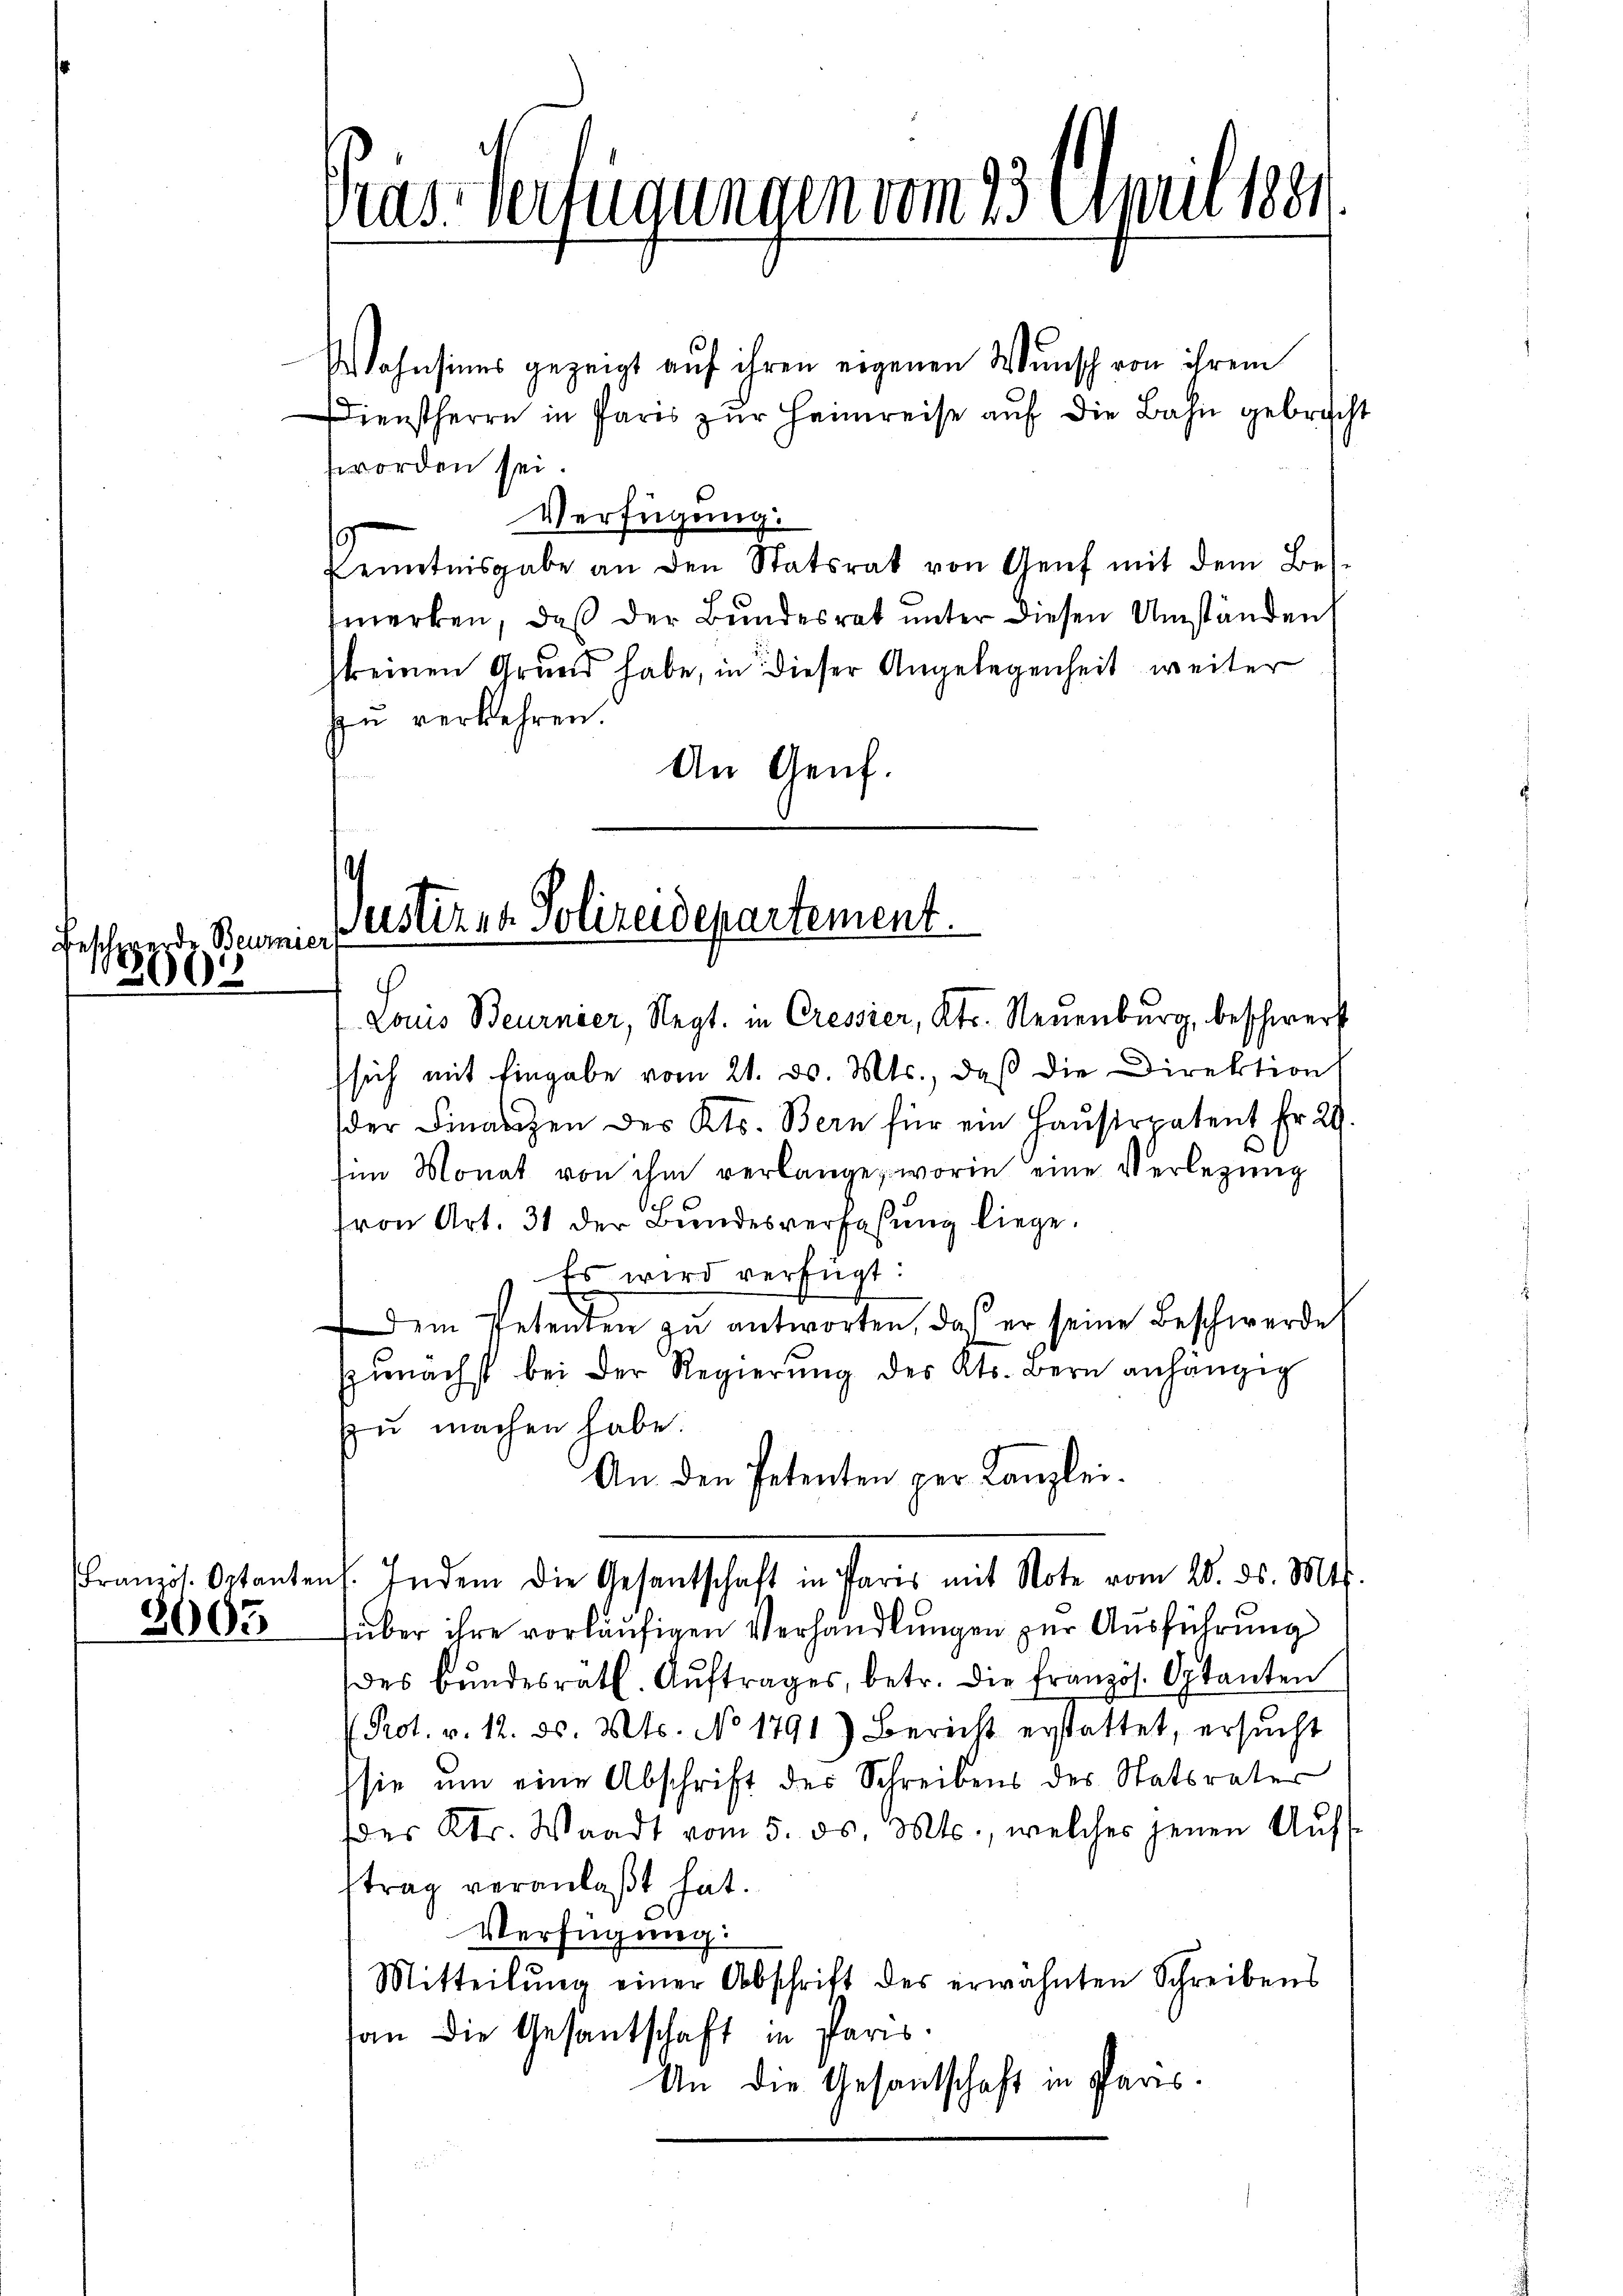
beschwerde Beurnier
02

2003

ras Verfügungen vom 23. April 1881.

Wohnsinns gezeigt auf ihren eigenen Wunsch von ihrem
Dienstherrn in Paris zŭr Heimreise auf die Bahn gebricht
worden sei.
Verfügung.
Kenntnisgabe an den Statsrat von Genf mit dem Bei-
fmerken, daß der Bundesrat unter diesen Umständen
keinen Grund habe, in dieser Angelegenheit weiter
zu verkehren.
An Genf.

Justiren Polizeidepartement.

Louis Beurnier, Negt. in Cressier, Kts. Neuenburg, beschwerf
sich mit Eingabe vom 21. d. Mts., daß die Direktion
der Finanzen des Kts. Bern für ein Hausirpatent Fr. 29.
him Monat von ihm verlangen worin eine Verlegŭng
ron Art. 31 der Bundesverfassung liege.
Es wird verfügt:
dem Petenten zŭ antworten, das er seine Beschwerde
zŭnächst bei der Regierŭng des Kts. Bern anhängig
zŭ machen habe.
An den Petenten per Kanzlei.
ranzös. Octanten. Indem die Gesandtschaft in Paris mit Note vom 20. ds. Mts.
über ihre vorläufigen Verhandlungen zur Ausführung
des Bŭndesräth. Aŭftrages, betr. die französ. Optanten
f Prot. v. 12. d. Mts. No 1791) Bericht erstattet, ersŭcht
sie um eine Abschrift des Schreibens des Statsrater
des Kts. Waadt vom 5. ds. Mts., welches jenen Aŭfs-
trag veranlaßt hat.
Verfügung:
Mitteilŭng einer Abschrift des erwähnten Schreibens
an die Gesantschaft in Paris.
An die Gesantschaft in Paris.